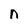
Character: n